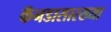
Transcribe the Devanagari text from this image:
कॅनडासारख्या